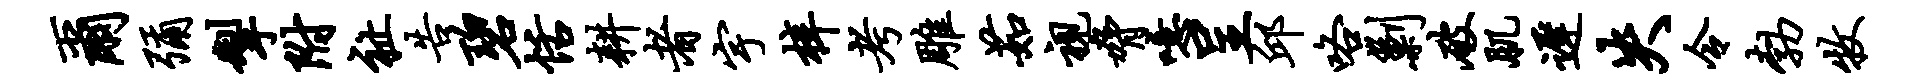
尔弥掣附祉告碧恬耕者宇梓考雕茹视胁噫呈邱咯剿破肌迟失令勃牧